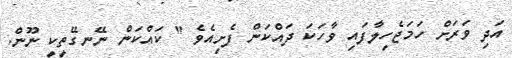
އަދި ވަރަށް ހަމަޖެހިލާފައި ވާހަކަ ދައްކަން ފެށިއެވެ " ކައްކަން ނޭނގޭތީކީ ނޫން.